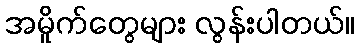
အမိူက်တွေများ လွန်းပါတယ်။